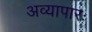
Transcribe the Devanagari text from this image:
अव्यापारः